Vaccine operations Central Provinces 1900-1911 - 1900-1911
Year: 1900
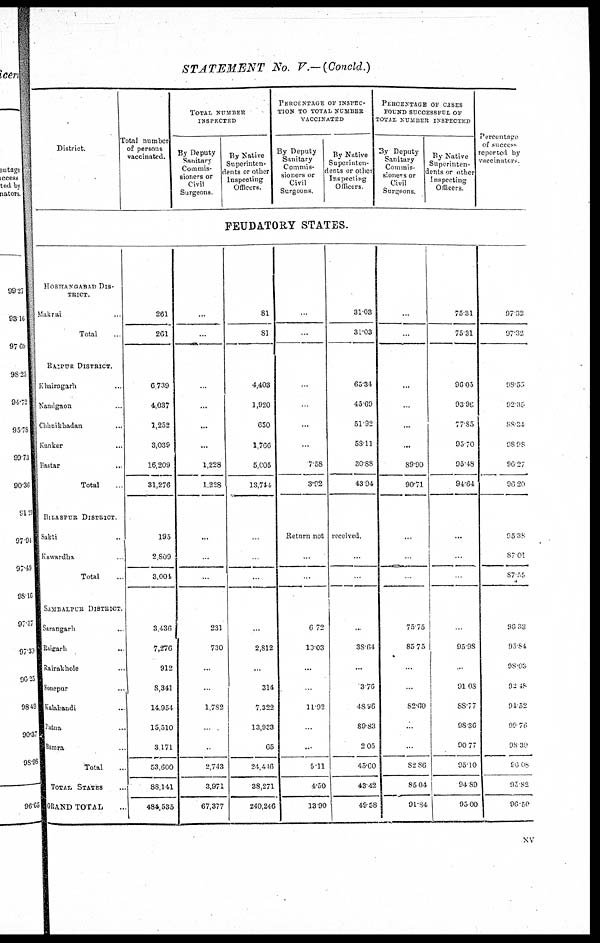
STATEMENT
No. V.— (Concld.)
District.
Total number
of persons
vaccinated.
TOTAL NUMBER
INSPECTED
By Deputy
Sanitary
Commis-
sioners or
Civil
Surgeons
By Native
Superinten-
dents or other
Inspecting
Officers.
PERCENTAGE OF INSPEC-
---- TO TOTAL NUMBER
VACCINATED
By Deputy
Sanitary
Commis-
sioners or
Civil
Surgeons.
By Native
Superinten-
dents or other
Inspecting
Officers
PERCENTAGE OF CASES
FOUND SUCCESSFUL OF
TOTAL NUMBER INSPECTED
By Deputy
Sanitary
Commis-
soners or
Civil
Surgeons
By Native
Superinten-
dents or other
Inspecting
Officers
Percentage
of success
reported by
vaccinators
FEUDATORY STATES.
HOSHANGABAD DIS-
TRICT
Makrai
Total
RAIPUR DISTRICT.
Khairagarh ..
Nandgaon
Chhmkhadan ..
Kanker ...
Bastar ..
Total
BILASPUR DISTRICT
Sakti ..
Kawardha .
Total
SAMBALPUR DISTRICT
Sarangarh ...
Raigarh
..
Rairakhole ..
Sonepur ..
Kalahandi ..
Patna ...
Bamra .
Total ..
TOTAL STATES ...
GRAND TOTAL
261
261
6,739
4,037
1,252
3,039
16,209
31,276
195
2,809
3,004
3,436
7,276
912
8,341
14,954
15,510
3,171
53,600
88,141
484,535
..
..
..
...
...
1,228
1,228
...
.
.
231
730
...
1,782
.
.
2,743
3,971
67,377
81
81
4,403
1,920
650
1,766
5,005
13,744
.
.
...
2,812
...
314
7,322
13,933
65
24,416
38,271
240,246
..
..
.
...
...
7.58
3.92
31.03
31.03
65.34
45.69
51.92
58.11
30.88
43.94
Return not received
..
.
6.72
18.03
...
...
11.92
.
..
5.11
4.50
13.90
...
.
...
38.64
...
3.76
48.96
89.83
2.05
45.60
43.42
49.58
...
..
..
..
...
89.90
90.71
...
75.75
85.75
...
.
82.60
...
.
82.86
85.04
91.84
75.31
75.31
96.05
93.96
77.85
95.70
95.48
94.64
...
95.98
..
91.08
88.77
98.36
90.77
95.10
94.89
95.00
97.32
97.32
98.55
92.35
88.31
98.98
96.27
96.20
95.38
87.01
87.55
96.33
95.84
98.03
92.48
94.52
99.76
98.30
96.08
95.82
96.50
xv